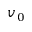
v _ { 0 }